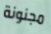
مجنونة